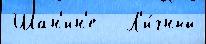
Шан'ин'е   Л'и́чный